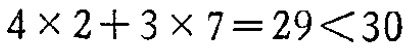
\(4\times 2 + 3\times 7 = 29<30\)